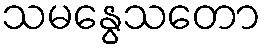
သမနွေသတော